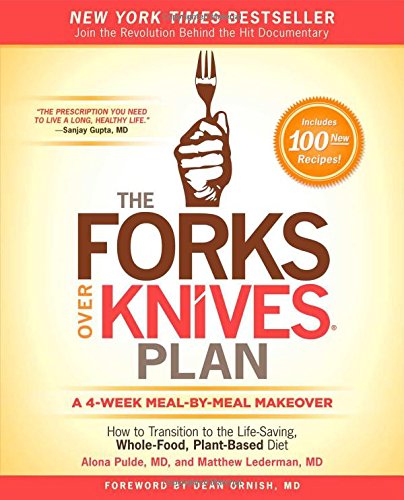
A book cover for The Forks Over Knives Plan: How to Transition to the Life-Saving, Whole-Food, Plant-Based Diet; Alona Pulde M.D.; Cookbooks, Food & Wine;